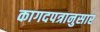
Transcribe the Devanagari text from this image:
कागदपत्रानुसार